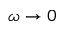
\omega \to 0